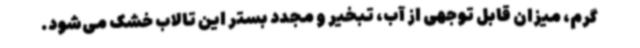
گرم، میزان قابل توجهی از آب، تبخیر و مجدد بستر این تالاب خشک می‌شود.